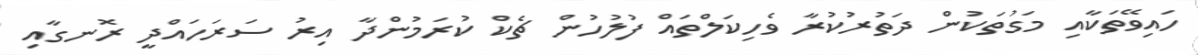
ހައިވޭތަކާއި މަގުތަކުން ދަތުރުކުރާ ވެހިކަލްތައް ފުލުހުން ޗެކް ކުރަމުންދާ އިރު ސަރަހައްދީ ރޮނގާއި